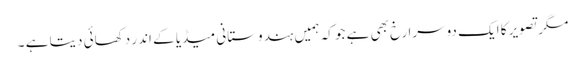
مگر تصویر کا ایک دوسرا رخ بھی ہے جو کہ ہمیں ہندوستانی میڈیا کے اندر دکھائی دیتا ہے ۔